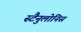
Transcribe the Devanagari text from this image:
स्टैनुलोनिस